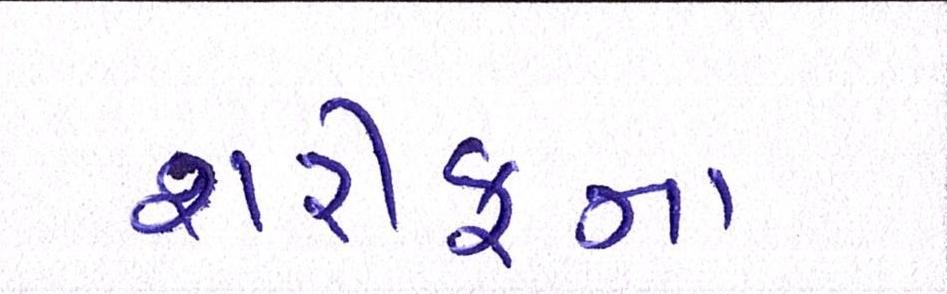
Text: શરીફના